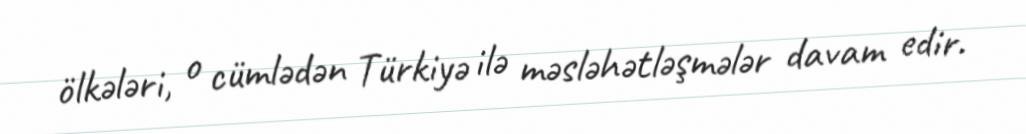
ölkələri, o cümlədən Türkiyə ilə məsləhətləşmələr davam edir.